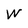
Character: W